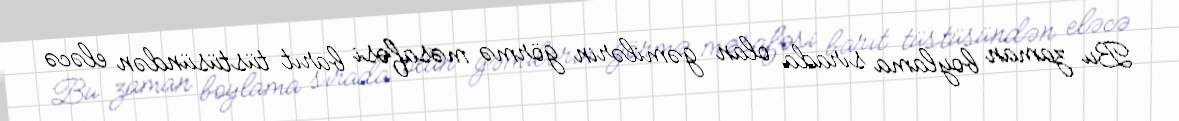
Bu zaman boylama sırada olan gəmilərin görmə məsafəsi barıt tüstüsündən eləcə